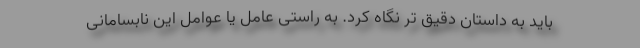
باید به داستان دقیق تر نگاه کرد. به راستی عامل یا عوامل این نابسامانی